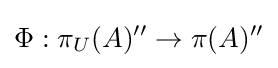
\Phi :\pi _{U}(A)''\rightarrow \pi (A)''